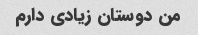
من دوستان زیادی دارم